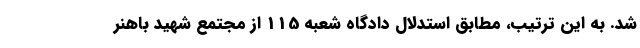
شد. به این ترتیب، مطابق استدلال دادگاه شعبه 115 از مجتمع شهید باهنر